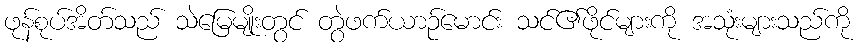
ဖုန်စုပ်အိတ်သည် သဲမြေမျိုးတွင် တွဲဖက်ယာဉ်မောင်း သင်၏ဖိုင်များကို အသုံးများသည်ကို